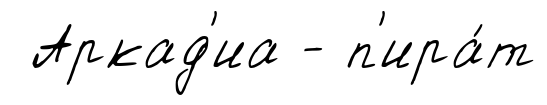
Аркад'иа - п'ира́т